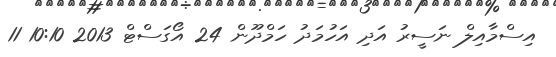
އިސްމާއިލް ނަސީރު އަދި އަހުމަދު ހަމްދޫން 24 އޯގަސްޓް 2013 10:10 11